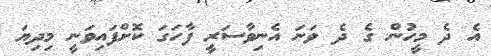
އެ ދެ މީހުން ގެ ދެ ވަނަ އެނިވާސަރީ ފާހަގަ ކޮށްފައިވަނީ މިދިޔަ